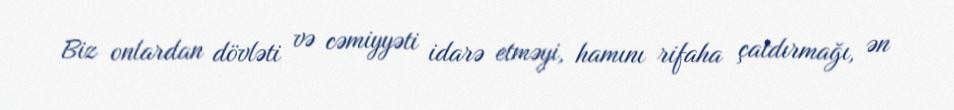
Biz onlardan dövləti və cəmiyyəti idarə etməyi, hamını rifaha çatdırmağı, ən